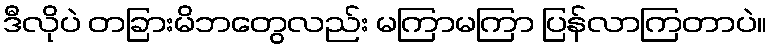
ဒီလိုပဲ တခြားမိဘတွေလည်း မကြာမကြာ ပြန်လာကြတာပဲ။